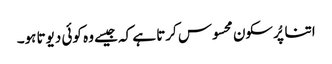
اتنا پُرسکون محسوس کرتا ہے کہ جیسے وہ کوئی دیوتا ہو۔